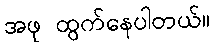
အဖု ထွက်နေပါတယ်။